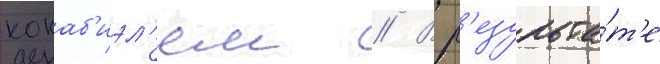
кокаб'иэл'ем // В р'езульта́т'е